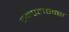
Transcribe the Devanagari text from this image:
एमएलएक्स